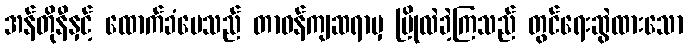
အန်တိုနီနှင့် ထောက်ခံပေသည် တာဝန်ကျဆရာမှ ပြိုလဲခဲ့ကြသည် တွင်ရေးဆွဲထားသော